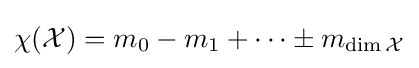
\chi ({\mathcal {X}})=m_{0}-m_{1}+\dots \pm m_{\dim {\mathcal {X}}}